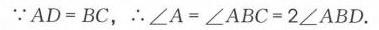
$\because AD = BC,\therefore\angle A=\angle ABC = 2\angle ABD.$